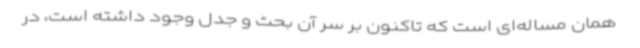
همان مساله‌ای است که تاکنون بر سر آن بحث و جدل وجود داشته است، در